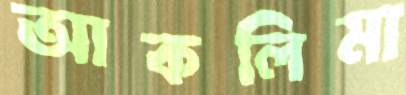
আকলিমা